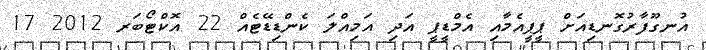
އުނގޫފާރުގޮނޑިއަށް ޕީޕީއެމާއި އެމްޑީޕީ އަދި އަމިއްލަ ކެންޑިޑޭޓެއް 22 އޮކްޓޯބަރ 2012 17